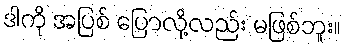
ဒါကို အပြစ် ပြောလို့လည်း မဖြစ်ဘူး။